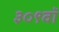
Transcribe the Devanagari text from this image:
३०९वॉ